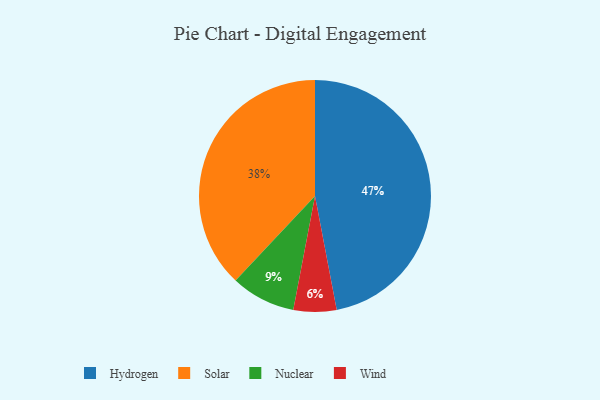
{"axis": {"x": "Category", "y": "Percentage"}, "legend": ["Hydrogen", "Nuclear", "Solar", "Wind"], "data": [{"x": "Wind", "y": 6, "type": "Wind"}, {"x": "Hydrogen", "y": 47, "type": "Hydrogen"}, {"x": "Solar", "y": 38, "type": "Solar"}, {"x": "Nuclear", "y": 9, "type": "Nuclear"}]}